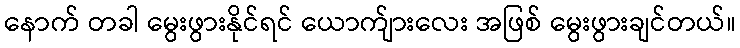
နောက် တခါ မွေးဖွားနိုင်ရင် ယောက်ျားလေး အဖြစ် မွေးဖွားချင်တယ်။